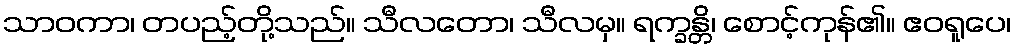
သာဝကာ၊ တပည့်တို့သည်။ သီလတော၊ သီလမှ။ ရက္ခန္တိ၊ စောင့်ကုန်၏။ ဧဝရူပေ၊